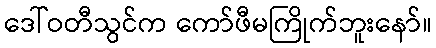
ဒေါ်ဝတီသွင်က ကော်ဖီမကြိုက်ဘူးနော်။